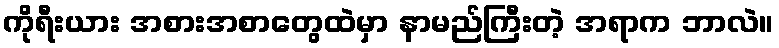
ကိုရီးယား အစားအစာတွေထဲမှာ နာမည်ကြီးတဲ့ အရာက ဘာလဲ။